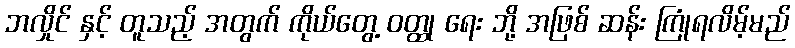
ဘလှိုင် နှင့် တူသည့် အတွက် ကိုယ်တွေ့ ဝတ္ထု ရေး ဘို့ အဖြစ် ဆန်း ကြုံရလိမ့်မည်